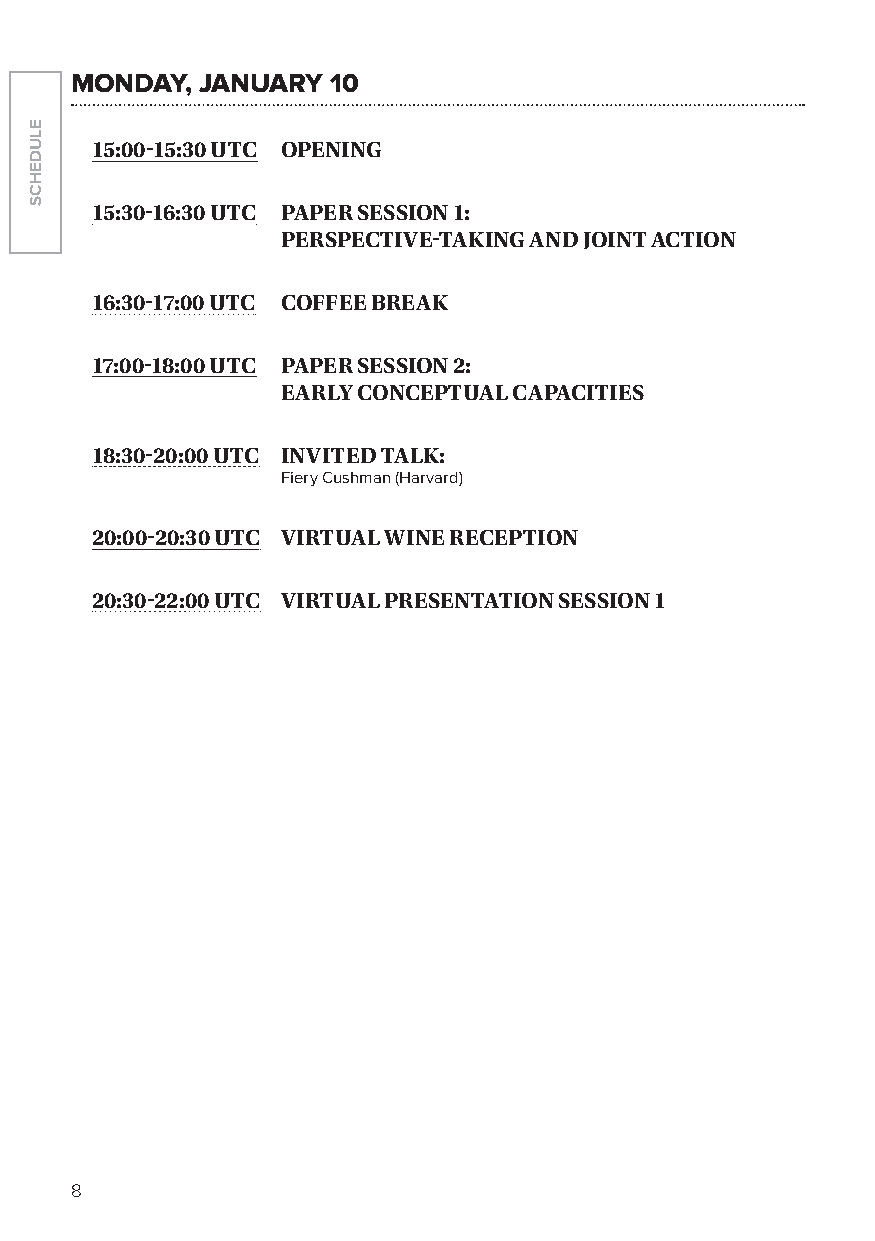
Monday, January  10
 15:00-15:30 utC OPening
 15:30-16:30 utC PaPer sessiOn 1:
 PersPeCtive-taKing anD JOint aCtiOn
 16:30-17:00 utC COffee BreaK
 17:00-18:00 utC PaPer sessiOn 2:
 early COnCePtual CaPaCities
 18:30-20:00 utC inviteD talK:
 Fiery Cushman (Harvard)
 20:00-20:30 utC virtual Wine reCePtiOn
 20:30-22:00 utC virtual PresentatiOn sessiOn 1
 8
 ELUDEHCS